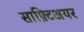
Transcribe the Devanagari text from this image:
साफ़्टिअयर